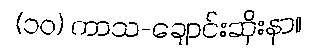
(၁၀) ကာသ-ချောင်းဆိုးနာ။